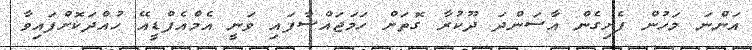
އަންނަ މަހުން ފެށިގެން އާސަންދަ ދޫކުރާ ގޮތަށް ހަމަޖައްސާފައި ވަނީ އެމްއެފްޑީއޭ ހުއްދަކޮށްފައިވާ